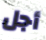
أجل